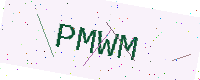
Text: PMWM